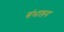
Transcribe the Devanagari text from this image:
संभालन